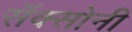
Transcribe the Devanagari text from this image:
सॅक्सोनी